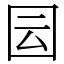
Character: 囩